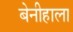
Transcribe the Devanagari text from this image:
बेनीहाला